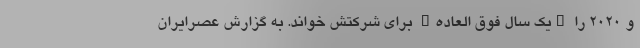
و 2020 را "یک سال فوق العاده" برای شرکتش خواند. به گزارش عصرایران